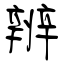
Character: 辨